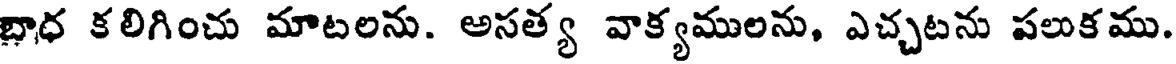
భాధ కలిగించు మాటలను. అసత్య వాక్యములను, ఎచ్చటను పలుకము.